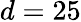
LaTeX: d=25